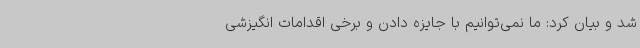
شد و بیان کرد: ما نمی‌توانیم با جایزه دادن و برخی اقدامات انگیزشی